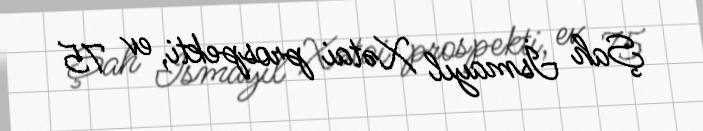
Şah İsmayıl Xətai prospekti, ev 75